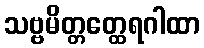
သဗ္ဗမိတ္တတ္ထေရဂါထာ